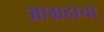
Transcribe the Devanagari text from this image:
आग्रहाचा